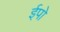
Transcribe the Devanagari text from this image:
ईपो